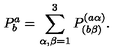
P _ { b } ^ { a } = \sum _ { \alpha , \beta = 1 } ^ { 3 } P _ { ( b \beta ) } ^ { ( a \alpha ) } .